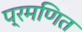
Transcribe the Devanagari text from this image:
प्रमणित